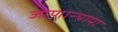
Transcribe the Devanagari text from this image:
जाणाऱ्याया